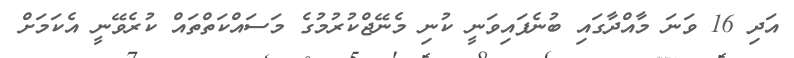
އަދި 16 ވަނަ މާއްދާގައި ބުނެފައިވަނީ ކުނި މެނޭޖްކުރުމުގެ މަސައްކަތްތައް ކުރެވޭނީ އެކަމަށް